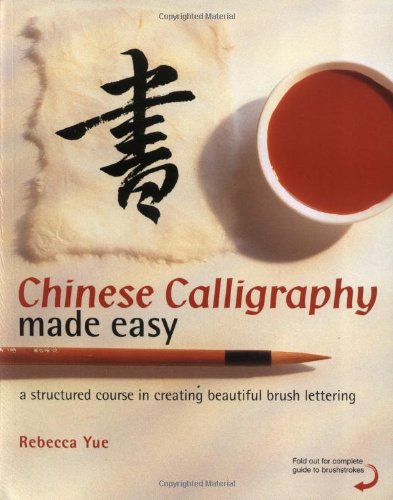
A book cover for Chinese Calligraphy Made Easy: A Structured Course in Creating Beautiful Brush Lettering; Rebecca Yue; Arts & Photography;